Vaccination in Bombay 1913-1923 - 1913-1923
Year: 1913
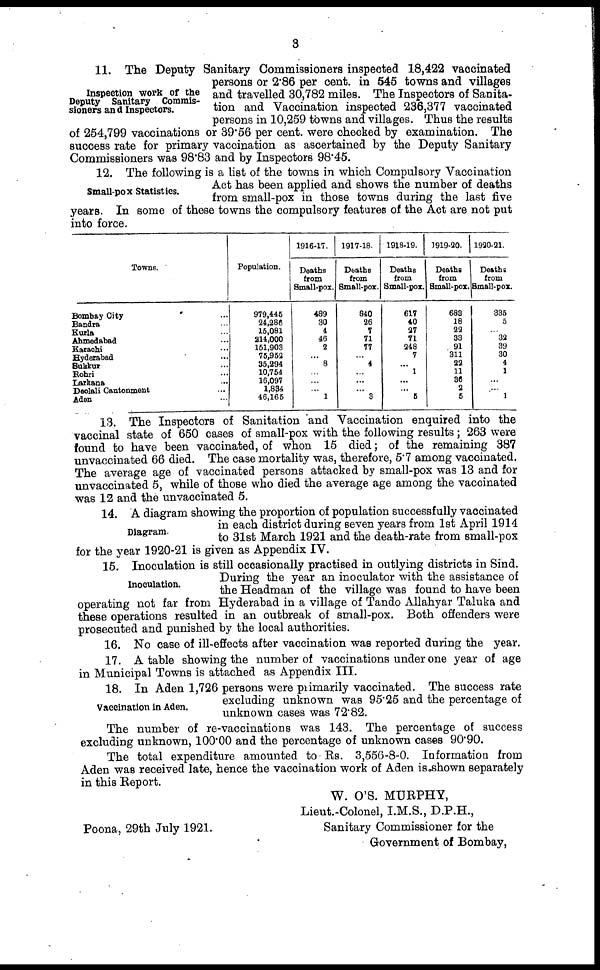
3
Inspection work of the
Deputy Sanitary Commis-
sioners and Inspectors.
11. The Deputy Sanitary Commissioners inspected 18,422 vaccinated
persons or 2.86 per cent. in 545 towns and villages
and travelled 30,782 miles. The Inspectors of Sanita-
tion and Vaccination inspected 236,377 vaccinated
persons in 10,259 towns and villages. Thus the results
of 254,799 vaccinations or 39.56 per cent. were checked by examination. The
success rate for primary vaccination as ascertained by the Deputy Sanitary
Commissioners was 98.83 and by Inspectors 98.45.
Small-pox Statistics.
12. The following is a list of the towns in which Compulsory Vaccination
Act has been applied and shows the number of deaths
from small-pox in those towns during the last five
years. In some of these towns the compulsory features of the Act are not put
into force.
Towns.
Bombay City ...
Bandra ...
Kurla ...
Ahmedabad ...
Karachi ...
Hyderabad ...
Sukkur ...
Rohri ...
Larkana ...
Deolali Cantonment ...
Aden ...
Population.
979,445
24,286
15,081
214,000
151,903
75,952
35,294
10,754
16,097
1,834
46,165
1916-17.
Deaths
from
Small-pox.
489
30
4
46
2
...
8
...
...
...
1
1917-18.
Deaths
from
Small-pox.
840
26
7
71
77
...
4
...
...
...
3
1918-19.
Deaths
from
Small-pox.
617
40
27
71
248
7
...
1
...
...
5
1919-20.
Deaths
from
Small-pox.
683
18
22
33
91
311
22
11
36
2
5
1920-21.
Deaths
from
Small-pox.
335
5
...
32
39
30
4
1
...
...
1
13. The Inspectors of Sanitation and Vaccination enquired into the
vaccinal state of 650 cases of small-pox with the following results; 263 were
found to have been vaccinated, of whon 15 died; of the remaining 387
unvaccinated 66 died. The case mortality was, therefore, 5.7 among vaccinated.
The average age of vaccinated persons attacked by small-pox was 13 and for
unvaccinated 5, while of those who died the average age among the vaccinated
was 12 and the unvaccinated 5.
Diagram.
14. A diagram showing the proportion of population successfully vaccinated
in each district during seven years from 1st April 1914
to 31st March 1921 and the death-rate from small-pox
for the year 1920-21 is given as Appendix IV.
Inoculation.
15. Inoculation is still occasionally practised in outlying districts in Sind.
During the year an inoculator with the assistance of
the Headman of the village was found to have been
operating not far from Hyderabad in a village of Tando Allahyar Taluka and
these operations resulted in an outbreak of small-pox. Both offenders were
prosecuted and punished by the local authorities.
16. No case of ill-effects after vaccination was reported during the year.
17. A table showing the number of vaccinations under one year of age
in Municipal Towns is attached as Appendix III.
Vaccination in Aden.
18. In Aden 1,726 persons were primarily vaccinated. The success rate
excluding unknown was 95.25 and the percentage of
unknown cases was 72.82.
The number of re-vaccinations was 143. The percentage of success
excluding unknown, 100.00 and the percentage of unknown cases 90.90.
The total expenditure amounted to Rs. 3,556-8-0. Information from
Aden was received late, hence the vaccination work of Aden is shown separately
in this Report.
W. O'S. MURPHY,
Lieut.-Colonel, I.M.S., D.P.H.,
Sanitary Commissioner for the
Government of Bombay,
Poona, 29th July 1921.